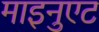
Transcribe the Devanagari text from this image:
माइनुएट